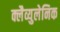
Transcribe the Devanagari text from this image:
क्लैव्युलेनिक